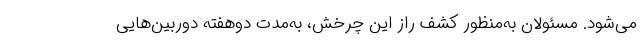
می‌شود. مسئولان به‌منظور کشف راز این چرخش، به‌مدت دوهفته دوربین‌هایی